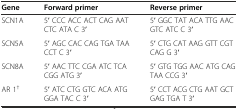
<table><thead><tr><td><b>Gene</b></td><td><b>Forward primer</b></td><td><b>Reverse primer</b></td></tr></thead><tbody><tr><td>SCN1A</td><td>5′ CCC ACC ACT CAG AAT CTC ATA C 3′</td><td>5′ GGC TAT ACA TTG AAC GTC ATC C 3′</td></tr><tr><td>SCN5A</td><td>5′ AGC CAC CAG TGA TAA CCT C 3′</td><td>5′ CTG CAT AAG GTT CGT CAG G 3′</td></tr><tr><td>SCN8A</td><td>5′ AAC TTC CGA ATC TCA CGG ATG 3′</td><td>5′ GTG TGG AAC ATG CAG TAA CCG 3′</td></tr><tr><td>AR 1<sup>†</sup></td><td>5′ ATC CTG GTC ACA ATG GGA TAC C 3′</td><td>5′ CCT ACG CTG AAT GCT GAG TGA T 3′</td></tr></tbody></table>